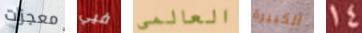
معجزات فيي العالمى الكبيرة 14